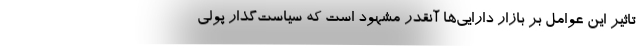
تاثیر این عوامل بر بازار دارایی‌ها آنقدر مشهود است که سیاست‌گذار پولی